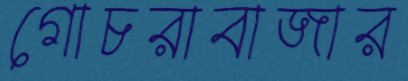
গোচরাবাজার